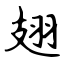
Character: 翅